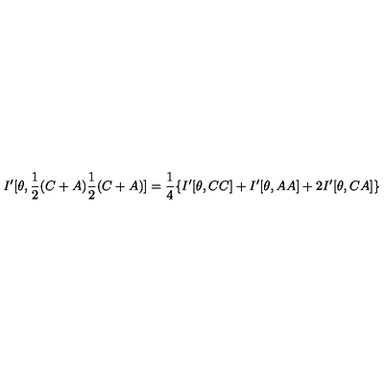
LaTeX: I ^ { \prime } [ \theta , \frac { 1 } { 2 } ( C + A ) \frac { 1 } { 2 } ( C + A ) ] = \frac { 1 } { 4 } \{ I ^ { \prime } [ \theta , C C ] + I ^ { \prime } [ \theta , A A ] + 2 I ^ { \prime } [ \theta , C A ] \}